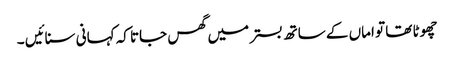
چھوٹا تھا تو اماں کے ساتھ بستر میں گھس جاتا کہ کہانی سنائیں ۔